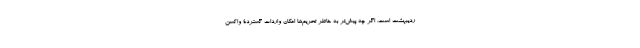
ردیبهشت است. اگر چه پیش‌تر به خاطر تحریم‌ها امکان واردات گستردۀ واکسن